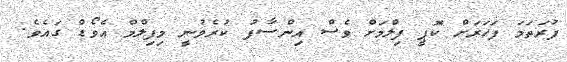
ފުރަތަމަ ފަހަރަށް ކޮޕީ ފިލްމަށް ވެސް އިންސާފު ކުރެވުނީ މިފިލްމް އެވޯޑް ގައެވެ.